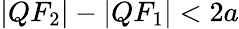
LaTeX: |QF_{2}|-|QF_{1}|<2a